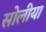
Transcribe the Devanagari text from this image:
सोलीया